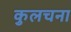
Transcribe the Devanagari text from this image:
कुलचना